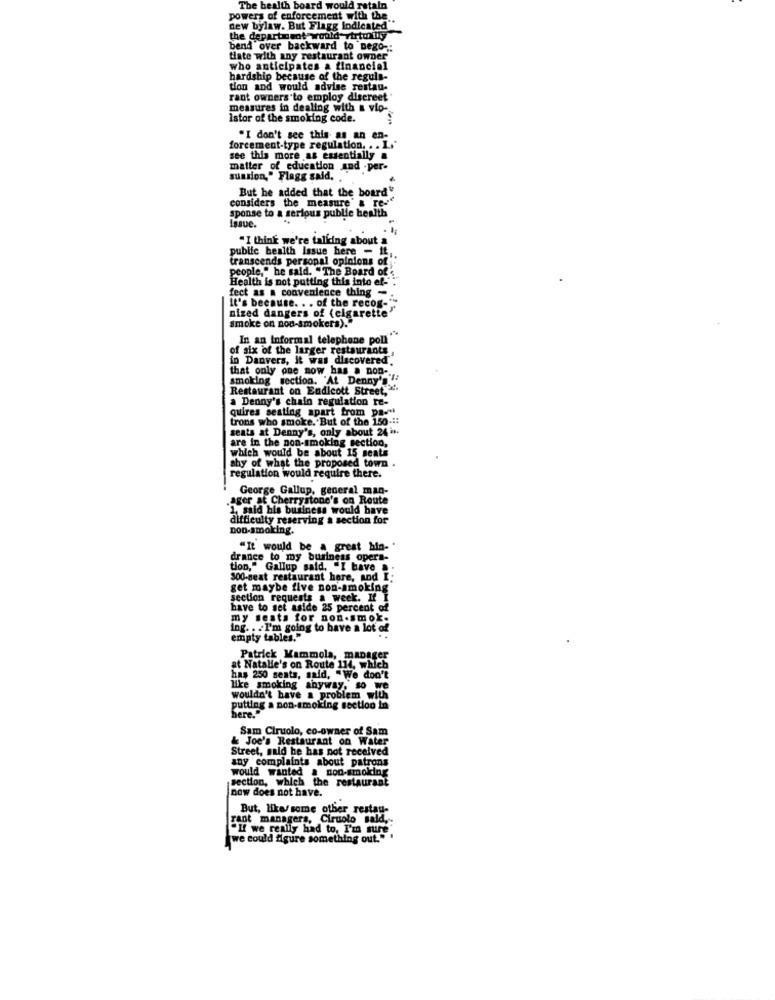
The health board would retain
powers of enforcement with the ..
dew bylaw. But Flagg lodicated
the department would virtunily
bend over backward to nego-
tiate with any restaurant owner
who anticipates a financial
hardship because of the reguls-
tion and would advise restau-
rant owners to employ discreet
measures in dealing with & vip-
Istor of the smoking code.
"I don't see this as an en-
forcement-type regulation. .. L.'
see this more as essentially &
matter of education and -per-
sunsion," Flagg said. .
But he added that the board"
considers the measure & re-
sponse to a serious public health
Issue.
"I think we're talking about a
pubife health Issue here - it,
transcends personal opinions of
people," he said. "The Board of
Health is not putting this into ef -.
fect as a convenience thing -.
It's because. . . of the recog-"
nized dangers of (cigarette"
smoke on non-smokers)."
In an Informal telephone poll"
of six of the larger restaurants,
in Danvers, it was discovered.
that only one now has a non -.
smoking section. "At Denny's"
Restaurant on Endicott Street,".
a Denny's chain regulation re-
quires seating apart from pa-
trons who smoke. But of the 150 .::
seats at Denny's, only about 24 .
are in the non-smoking section,
which would be about 15 seats
shy of what the proposed town
regulation would require there.
George Gallup, general man-
ager at Cherrystone's on Route
1. said his business would have
difficulty reserving a section for
non-smoking.
"It would be a great hin- "
drance to my business opera-
tion," Gallup said. "I have ".
300-seat restaurant here, and I.
get maybe five non-smoking
section requests a week. H I
have to set aside 25 percent of
my sests for non-smok-
i'm going to have a lot of
empty tables."
at Natalie's on Route 114, which
Patrick Mammola, manager
has 250 seats, said, "We don't
like smoking anyway, so we
wouldn't have a problem with
putting a non-smoking section in
here."
Sam Ciruolo, co-owner of Sam
& Joe's Restaurant on Water
Street, said he has not received
any complaints about patrons
would wanted & non-smoking
section, which the restaurant
now does not have.
But, like/some other restad-
rant managers, Ciruolo sald .:
"If we really had to, I'm sure"
we could figure something out."